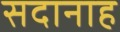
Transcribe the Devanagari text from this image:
सदानाह